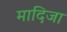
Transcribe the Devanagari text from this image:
मादिजा